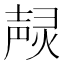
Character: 𤍌